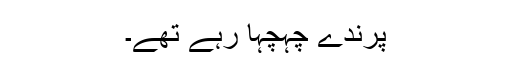
پرندے چہچہا رہے تھے۔